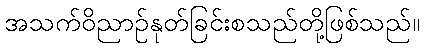
အသက်ဝိညာဉ်နုတ်ခြင်းစသည်တို့ဖြစ်သည်။